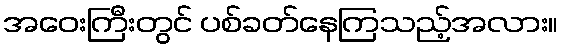
အဝေးကြီးတွင် ပစ်ခတ်နေကြသည့်အလား။